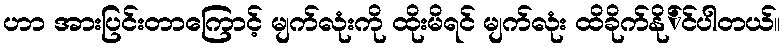
ဟာ အားပြင်းတာကြောင့် မျက်လုံးကို ထိုးမိရင် မျက်လုံး ထိခိုက်နို်င်ပါတယ်။